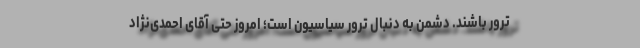
ترور باشند. دشمن به دنبال ترور سیاسیون است؛ امروز حتی آقای احمدی‌نژاد